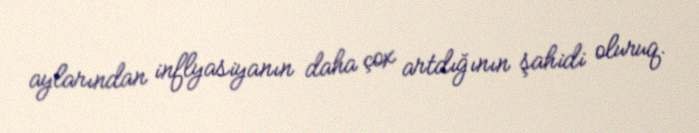
aylarından inflyasiyanın daha çox artdığının şahidi oluruq.